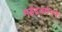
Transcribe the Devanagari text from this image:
महेंद्रवर्मनने